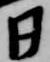
日